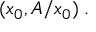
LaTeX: ( x _ { 0 } , A / x _ { 0 } ) \; .